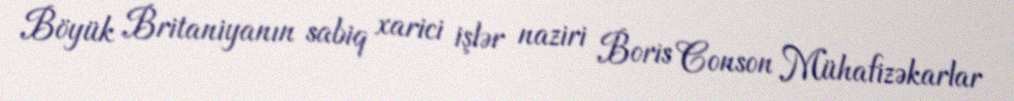
Böyük Britaniyanın sabiq xarici işlər naziri Boris Conson Mühafizəkarlar